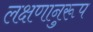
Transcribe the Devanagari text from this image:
लक्षणानुरूप